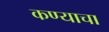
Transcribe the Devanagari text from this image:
कण्याचा